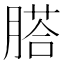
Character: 𦞂